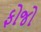
ફોજો